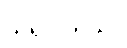
သိရပါတယ်။